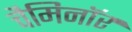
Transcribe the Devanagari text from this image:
चैमिनॉर